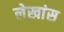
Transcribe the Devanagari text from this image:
लेखांस